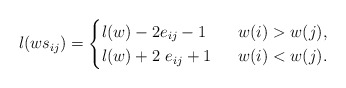
\begin{gather*} l(w s_{ij})=\begin{cases}l(w)-2 e_{ij}-1 & \ \ w(i) > w(j), \\l(w)+2~e_{ij}+1 & \ \ w(i) < w(j).\end{cases}\end{gather*}